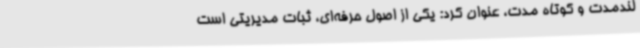
لندمدت و کوتاه مدت، عنوان کرد: یکی از اصول حرفه‌ای، ثبات مدیریتی است